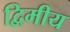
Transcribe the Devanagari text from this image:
द्विमीय